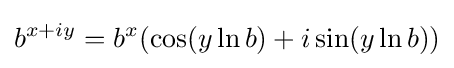
b^{x+iy}=b^{x}(\cos(y\ln b)+i\sin(y\ln b))